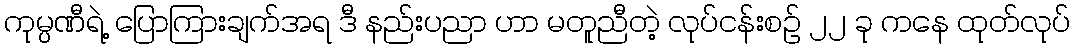
ကုမ္ပဏီရဲ့ ပြောကြားချက်အရ ဒီ နည်းပညာ ဟာ မတူညီတဲ့ လုပ်ငန်းစဉ် ၂၂ ခု ကနေ ထုတ်လုပ်